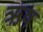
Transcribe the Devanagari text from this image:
ऋष